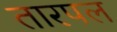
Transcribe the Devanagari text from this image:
तारपल